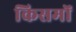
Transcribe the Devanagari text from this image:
किसमों